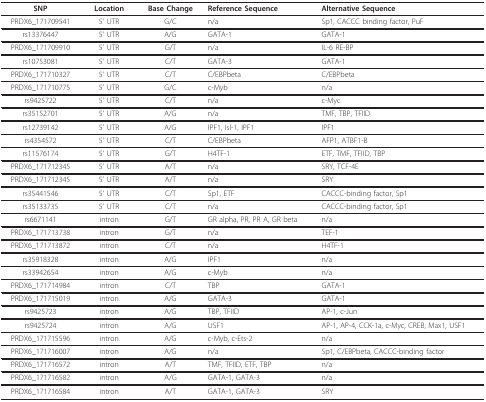
<table><thead><tr><td><b>SNP</b></td><td><b>Location</b></td><td><b>Base Change</b></td><td><b>Reference Sequence</b></td><td><b>Alternative Sequence</b></td></tr></thead><tbody><tr><td>PRDX6_171709541</td><td>5&#x27; UTR</td><td>G/C</td><td>n/a</td><td>Sp1, CACCC binding factor, PuF</td></tr><tr><td>rs13376447</td><td>5&#x27; UTR</td><td>A/G</td><td>GATA-1</td><td>GATA-1</td></tr><tr><td>PRDX6_171709910</td><td>5&#x27; UTR</td><td>G/T</td><td>n/a</td><td>IL-6 RE-BP</td></tr><tr><td>rs10753081</td><td>5&#x27; UTR</td><td>C/T</td><td>GATA-3</td><td>GATA-1</td></tr><tr><td>PRDX6_171710327</td><td>5&#x27; UTR</td><td>C/T</td><td>C/EBPbeta</td><td>C/EBPbeta</td></tr><tr><td>PRDX6_171710775</td><td>5&#x27; UTR</td><td>G/C</td><td>c-Myb</td><td>n/a</td></tr><tr><td>rs9425722</td><td>5&#x27; UTR</td><td>C/T</td><td>n/a</td><td>c-Myc</td></tr><tr><td>rs35152701</td><td>5&#x27; UTR</td><td>A/G</td><td>n/a</td><td>TMF, TBP, TFIID</td></tr><tr><td>rs12739142</td><td>5&#x27; UTR</td><td>A/G</td><td>IPF1, Isl-1, IPF1</td><td>IPF1</td></tr><tr><td>rs4354572</td><td>5&#x27; UTR</td><td>C/T</td><td>C/EBPbeta</td><td>AFP1, ATBF1-B</td></tr><tr><td>rs11576174</td><td>5&#x27; UTR</td><td>G/T</td><td>H4TF-1</td><td>ETF, TMF, TFIID, TBP</td></tr><tr><td>PRDX6_171712345</td><td>5&#x27; UTR</td><td>A/T</td><td>n/a</td><td>SRY, TCF-4E</td></tr><tr><td>PRDX6_171712345</td><td>5&#x27; UTR</td><td>A/T</td><td>n/a</td><td>SRY</td></tr><tr><td>rs35441546</td><td>5&#x27; UTR</td><td>C/T</td><td>Sp1, ETF</td><td>CACCC-binding factor, Sp1</td></tr><tr><td>rs35133735</td><td>5&#x27; UTR</td><td>C/T</td><td>n/a</td><td>CACCC-binding factor, Sp1</td></tr><tr><td>rs6671141</td><td>intron</td><td>G/T</td><td>GR alpha, PR, PR A, GR beta</td><td>n/a</td></tr><tr><td>PRDX6_171713738</td><td>intron</td><td>G/T</td><td>n/a</td><td>TEF-1</td></tr><tr><td>PRDX6_171713872</td><td>intron</td><td>C/T</td><td>n/a</td><td>H4TF-1</td></tr><tr><td>rs35918328</td><td>intron</td><td>A/G</td><td>IPF1</td><td>n/a</td></tr><tr><td>rs33942654</td><td>intron</td><td>A/G</td><td>c-Myb</td><td>n/a</td></tr><tr><td>PRDX6_171714984</td><td>intron</td><td>C/T</td><td>TBP</td><td>GATA-1</td></tr><tr><td>PRDX6_171715019</td><td>intron</td><td>A/G</td><td>GATA-3</td><td>GATA-1</td></tr><tr><td>rs9425723</td><td>intron</td><td>A/G</td><td>TBP, TFIID</td><td>AP-1, c-Jun</td></tr><tr><td>rs9425724</td><td>intron</td><td>A/G</td><td>USF1</td><td>AP-1, AP-4, CCK-1a, c-Myc, CREB, Max1, USF1</td></tr><tr><td>PRDX6_171715596</td><td>intron</td><td>A/G</td><td>c-Myb, c-Ets-2</td><td>n/a</td></tr><tr><td>PRDX6_171716007</td><td>intron</td><td>A/G</td><td>n/a</td><td>Sp1, C/EBPbeta, CACCC-binding factor</td></tr><tr><td>PRDX6_171716572</td><td>intron</td><td>A/T</td><td>TMF, TFIID, ETF, TBP</td><td>n/a</td></tr><tr><td>PRDX6_171716582</td><td>intron</td><td>A/G</td><td>GATA-1, GATA-3</td><td>n/a</td></tr><tr><td>PRDX6_171716584</td><td>intron</td><td>A/T</td><td>GATA-1, GATA-3</td><td>SRY</td></tr></tbody></table>